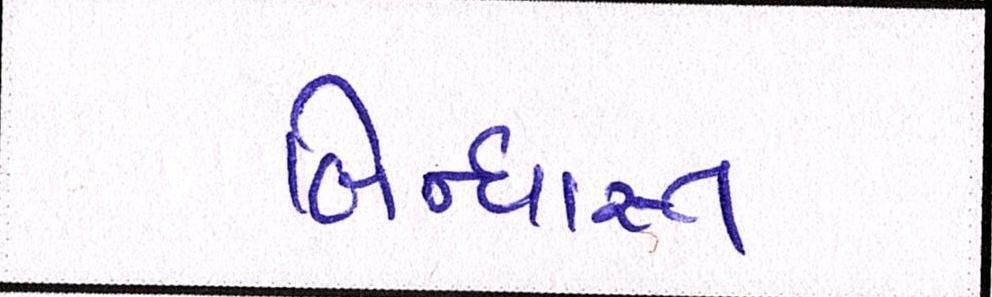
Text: બિન્ધાસ્ત